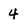
Character: 4